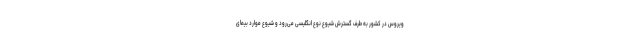
ویروس در کشور به طرف گسترش شیوع نوع انگلیسی می‌رود و شیوع موارد بیمای